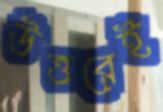
উত্তরেই